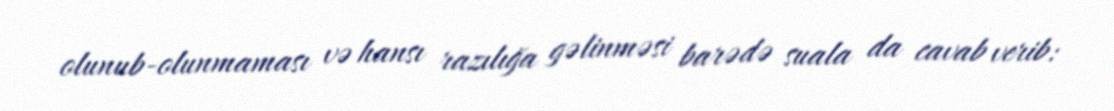
olunub-olunmaması və hansı razılığa gəlinməsi barədə suala da cavab verib: